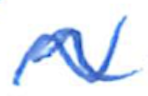
Text: a
Cross-out: wave
Writing tool: ballpoint